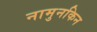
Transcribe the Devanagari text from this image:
नामुनकिन